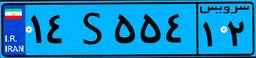
۲۷S۱۶۴۶۰